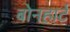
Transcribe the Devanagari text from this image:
बोनहार्ट